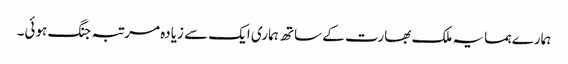
ہمارے ہمسایہ ملک بھارت کے ساتھ ہماری ایک سے زیادہ مرتبہ جنگ ہوئی۔